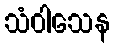
သံဝါသေန